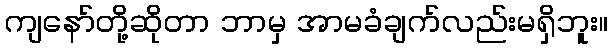
ကျနော်တို့ဆိုတာ ဘာမှ အာမခံချက်လည်းမရှိဘူး။